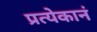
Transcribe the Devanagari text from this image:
प्रत्येकानं